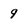
Character: 9